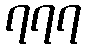
၇၇၇